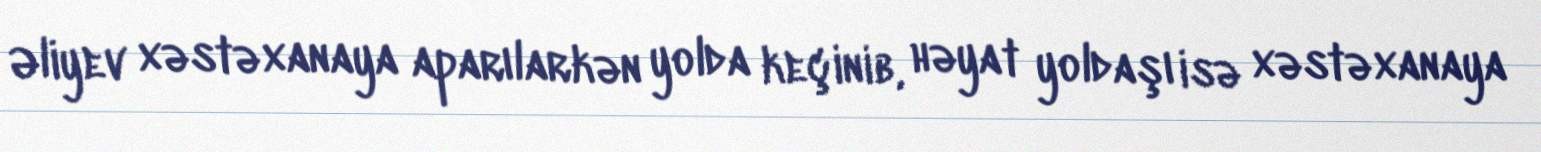
Əliyev xəstəxanaya aparılarkən yolda keçinib, həyat yoldaşı isə xəstəxanaya